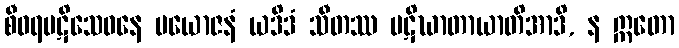
စီဝရပဋိသေဝနေ ပယောဇနံ ယဒိဒံ သီတဿ ပဋိဃာတာယာတိအာဒိ, န ဣတော